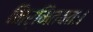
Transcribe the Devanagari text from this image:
निर्मितवतः।